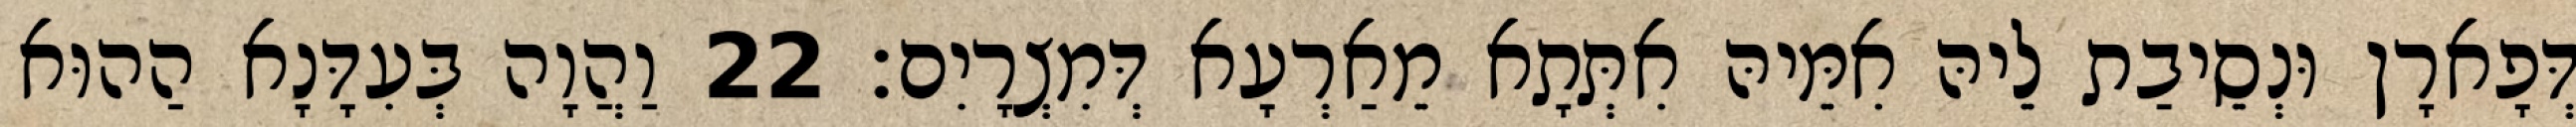
דְּפָארָן וּנְסֵיבַת לֵיהּ אִמֵּיהּ אִתְּתָא מֵאַרְעָא דְּמִצְרָיִם׃ 22 וַהֲוָה בְּעִדָּנָא הַהוּא